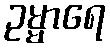
ဥမ္မာရေ